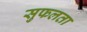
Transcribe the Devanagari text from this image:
सुफलता